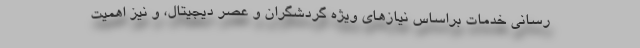
رسانی خدمات براساس نیازهای ویژه گردشگران و عصر دیجیتال، و نیز اهمیت